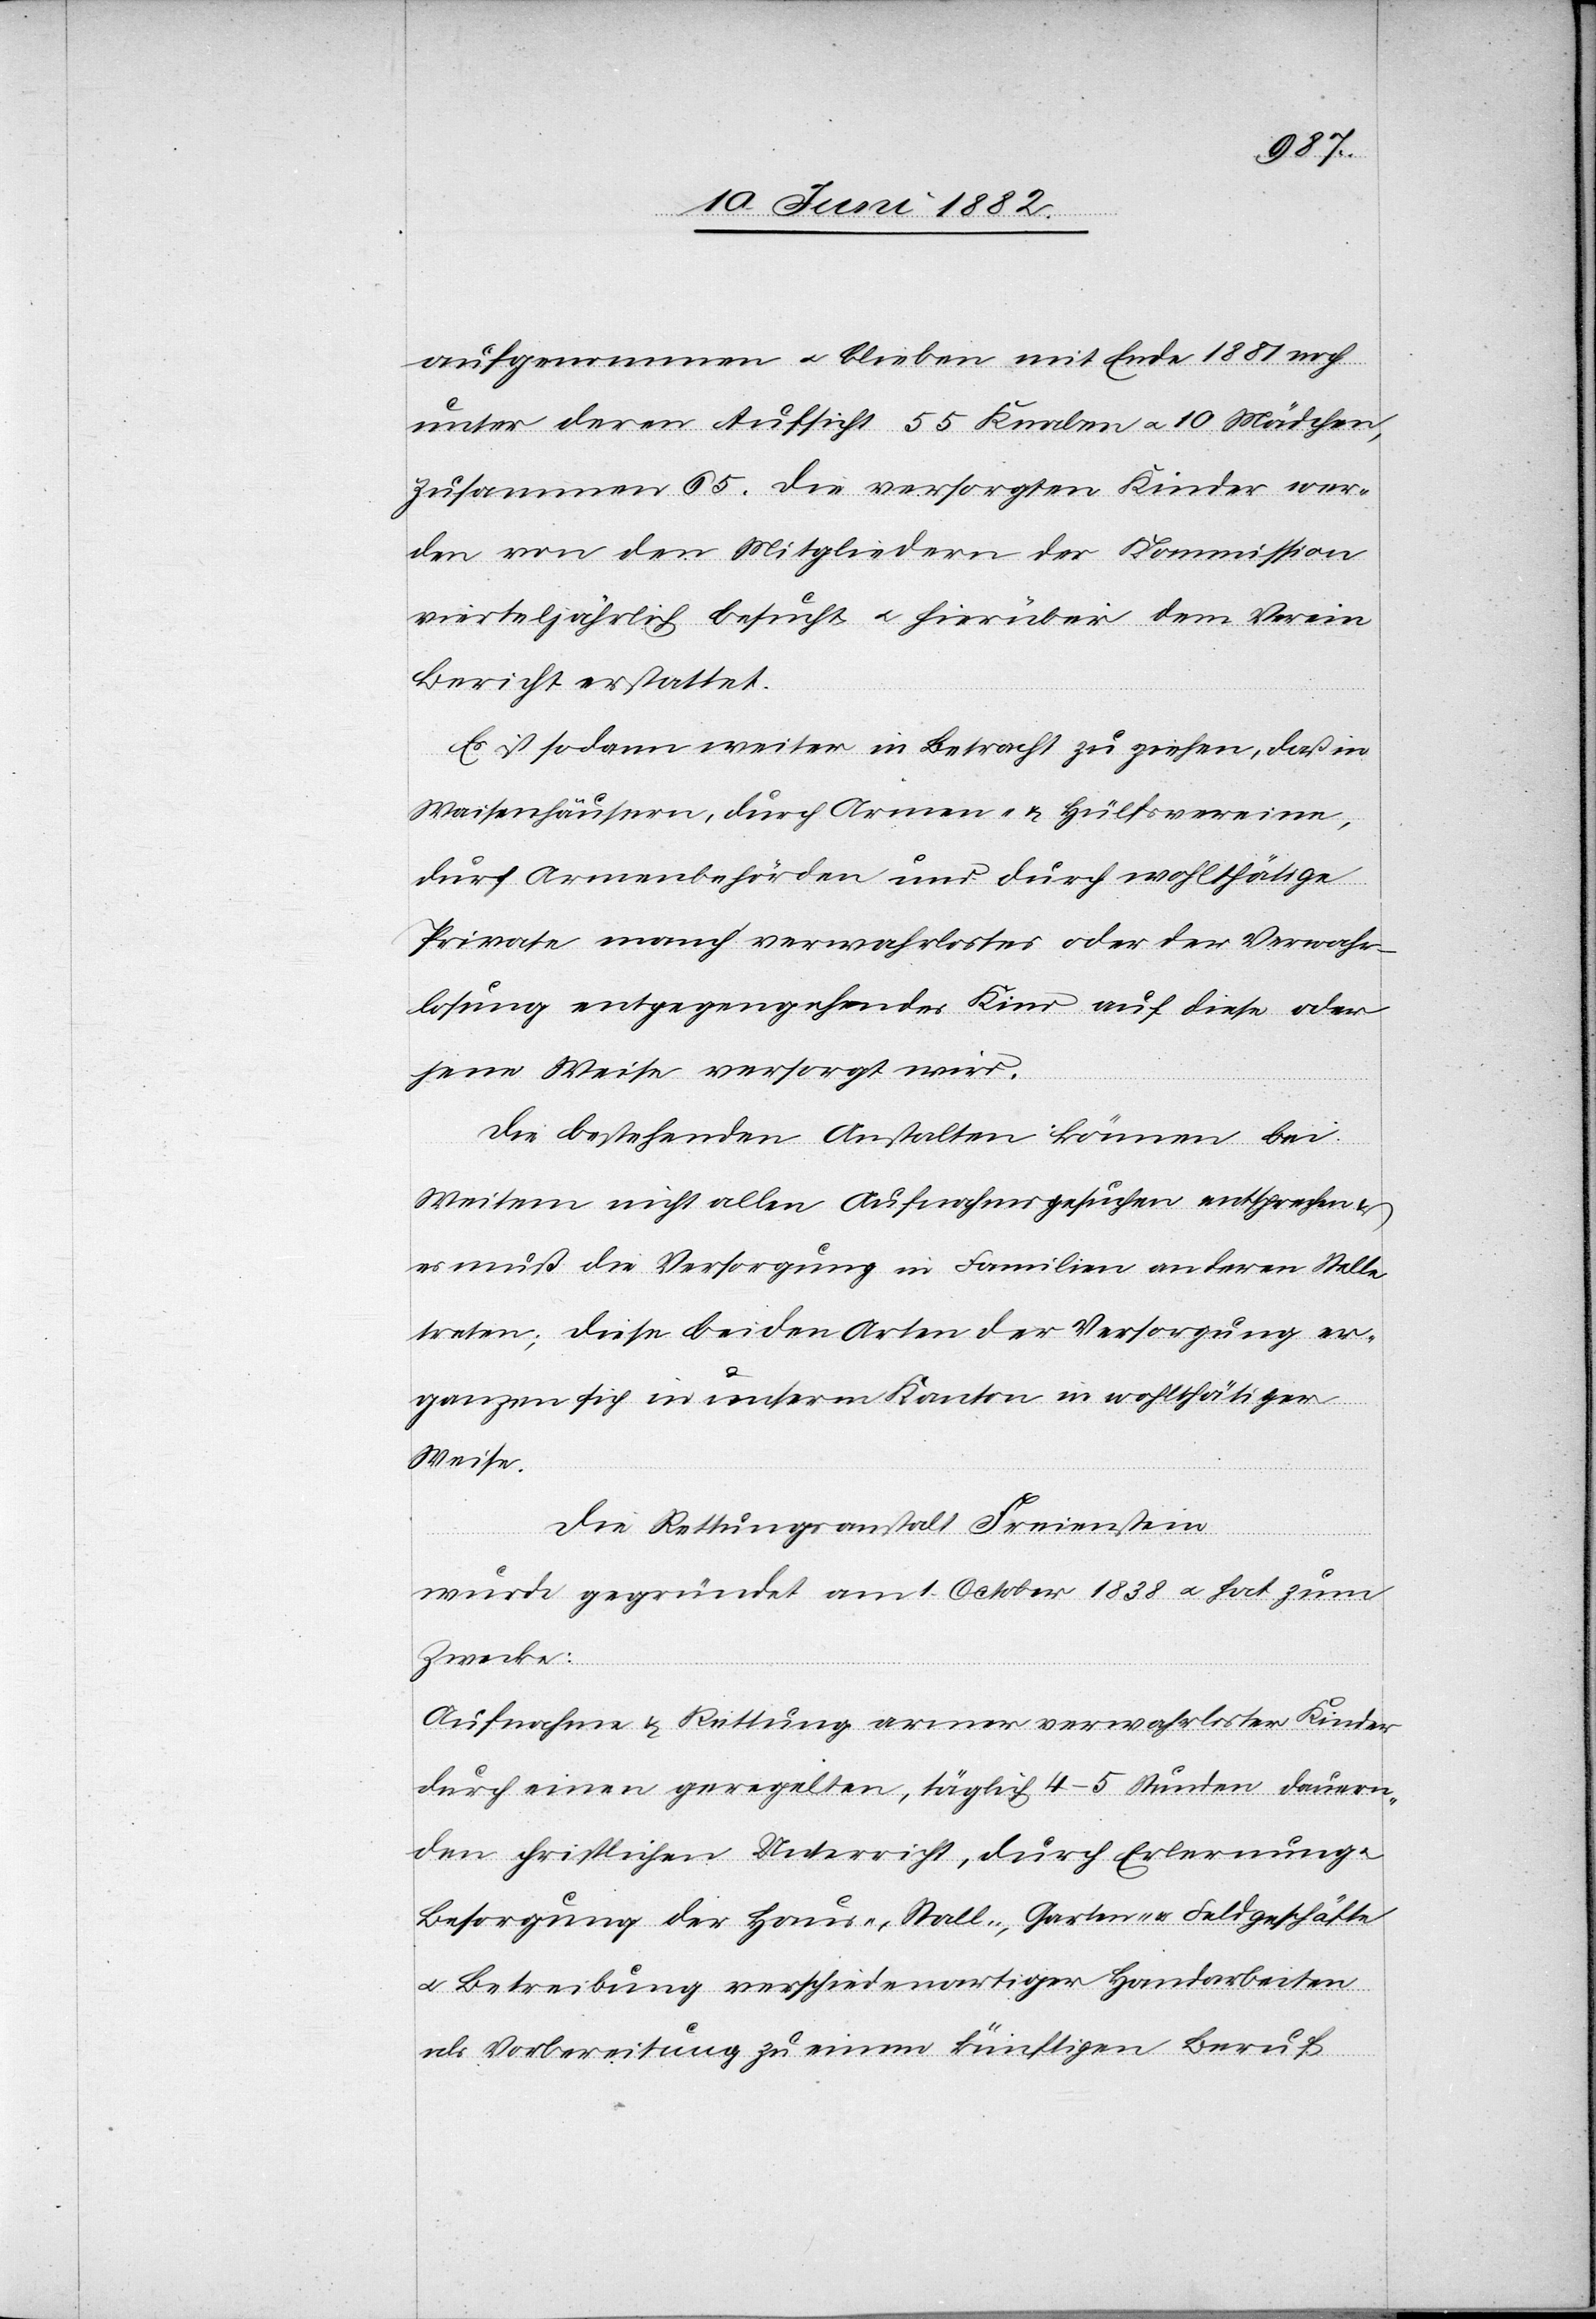
aufgenommen u. blieben mit Ende 1881 noch
unter deren Aufsicht 55 Knaben u. 10 Mädchen,
zusammen 65. Die versorgten Kinder wer¬
den von den Mitgliedern der Kommission
vierteljährlich besucht u. hierüber dem Verein
Bericht erstattet.
Es ist sodann weiter in Betracht zu ziehen, daß in
Waisenhäusern, durch Armen- & Hülfsvereine,
durch Armenbehörden und durch wohlthätige
Private manch verwahrlostes oder der Verwahr¬
losung entgegengehendes Kind auf diese oder
jene Weise versorgt wird.
Die bestehenden Anstalten können bei
Weitem nicht allen Aufnahmsgesuchen entsprechen
es muß die Versorgung in Familien an deren Stelle
treten; diese beiden Arten der Versorgung er¬
gänzen sich in unserm Kanton in wohlthätiger
Weise.
Die Rettungsanstalt Freienstein
wurde gegründet am 1. October 1838 u. hat zum
Zwecke:
Aufnahme & Rettung armer verwahrloster Kinder
durch einen geregelten, täglich 4–5 Stunden dauern¬
den christlichen Unterricht, durch Erlernung
Besorgung der Haus-, Stall- Garten- u. Feldgeschäfte
u. Betreibung verschiedenartiger Handarbeiten
als Vorbereitung zu einem künftigen Beruf.